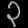
Digit: ၃